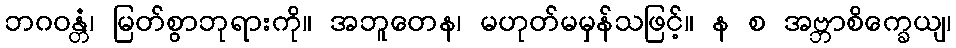
ဘဂဝန္တံ၊ မြတ်စွာဘုရားကို။ အဘူတေန၊ မဟုတ်မမှန်သဖြင့်။ န စ အဗ္ဘာစိက္ခေယျ၊